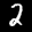
Label: 2